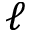
\ell